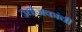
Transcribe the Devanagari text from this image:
उद्योजकांची